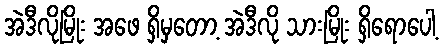
အဲဒီလိုမြိုး အဖေ ရှိမှတော့ အဲဒီလို သားမြိုး ရှိရောပေါ့